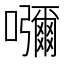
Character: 𡄣